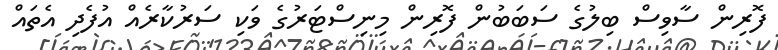
ފޮރިން ސާވިސް ބިލުގެ ސަބަބުން ފޮރިން މިނިސްޓަރުގެ ވަކި ސަރުކާރެއް އުފެދި އެތައް